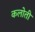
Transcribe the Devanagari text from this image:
कलोती